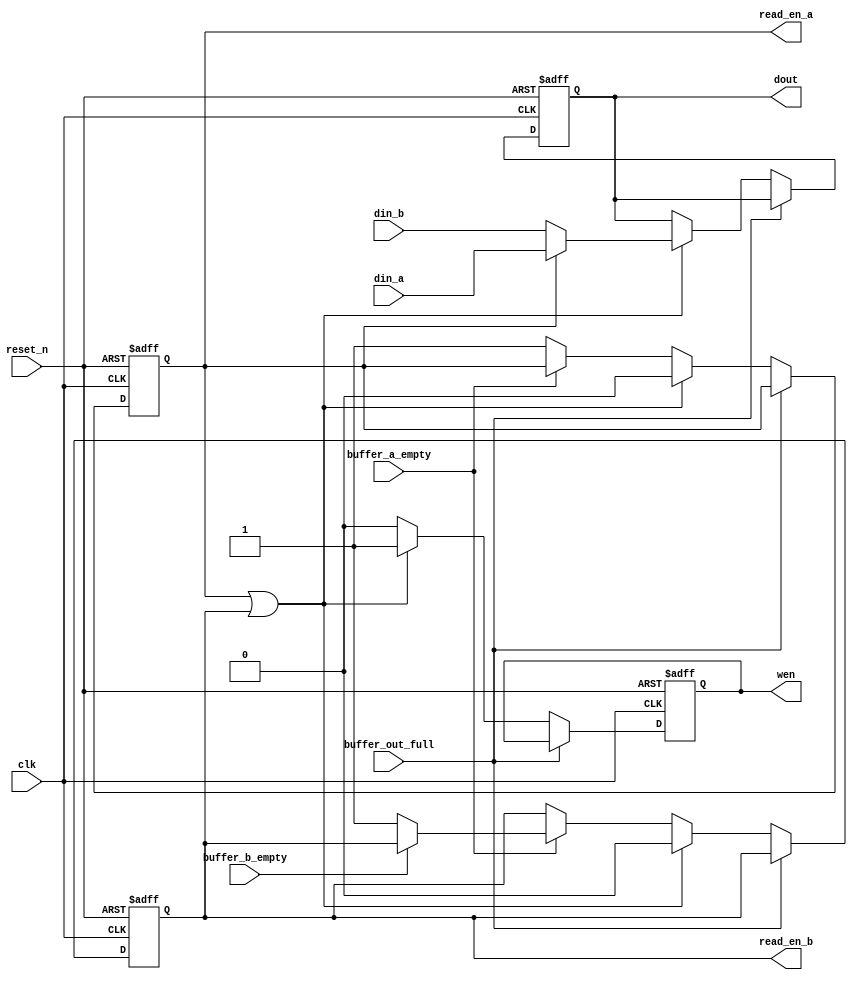
//////////////////////////////////////////////////////////////////////////////////
// Merge2.v
//
// A two input "non-deterministic" merge.
// Arbitrates reads between two buffers.
// Port a is given priority over port b.
//////////////////////////////////////////////////////////////////////////////////


module Merge2#(
    parameter DATA_WIDTH = 32
)(
    input clk,
    input reset_n,
    input [DATA_WIDTH-1:0] din_a,
    input buffer_a_empty,
    input [DATA_WIDTH-1:0] din_b,
    input buffer_b_empty,
    input buffer_out_full,
    output reg read_en_a,
    output reg read_en_b,
    output reg [DATA_WIDTH-1:0] dout,
    output reg wen
    );
    
    
    always@(negedge clk, negedge reset_n) begin
        if (~reset_n) begin
            read_en_a <= 0;
            read_en_b <= 0;
            dout <= 0;
            wen <= 0;
        end
        else if (!buffer_out_full) begin
            if (read_en_a || read_en_b) begin
                wen <= 1;
                dout <= read_en_a ? din_a : din_b;
                read_en_a <= 0;
                read_en_b <= 0;
            end
            else begin
                wen <= 0;
                if (!buffer_a_empty) begin
                    read_en_a <= 1;
                end
                else if (!buffer_b_empty) begin
                    read_en_b <= 1;
                end
            end
        end
    end
   
endmodule